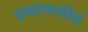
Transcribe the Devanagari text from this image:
इच्छाशक्तीने